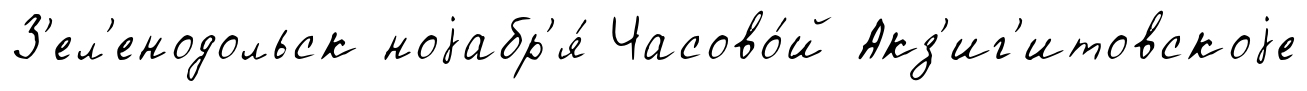
З'ел'енодольск ноjабр'я́ Часово́й Акз'иг'итовскоjе